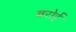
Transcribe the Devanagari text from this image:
बरोई